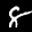
Label: 8